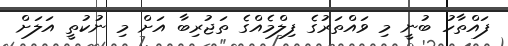
ފައްތާހު ބުނީ މި ވައްތަރުގެ ފިލްމެއްގެ ތަޖުރިބާ އަށް މި ނުކުތީ އަލަށް